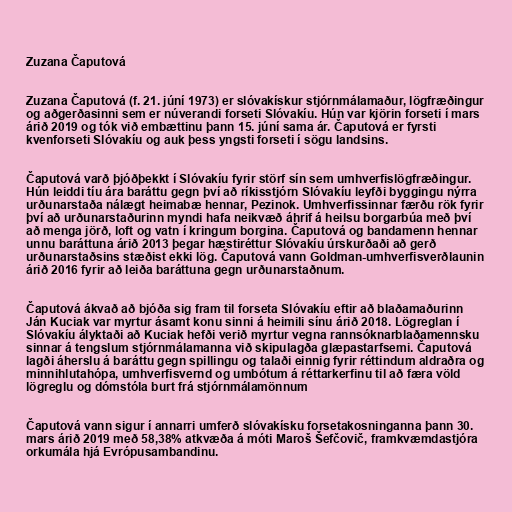
Zuzana Čaputová

Zuzana Čaputová (f. 21. júní 1973) er slóvakískur stjórnmálamaður, lögfræðingur
og aðgerðasinni sem er núverandi forseti Slóvakíu. Hún var kjörin forseti í mars
árið 2019 og tók við embættinu þann 15. júní sama ár. Čaputová er fyrsti
kvenforseti Slóvakíu og auk þess yngsti forseti í sögu landsins.

Čaputová varð þjóðþekkt í Slóvakíu fyrir störf sín sem umhverfislögfræðingur.
Hún leiddi tíu ára baráttu gegn því að ríkisstjórn Slóvakíu leyfði byggingu nýrra
urðunarstaða nálægt heimabæ hennar, Pezinok. Umhverfissinnar færðu rök fyrir
því að urðunarstaðurinn myndi hafa neikvæð áhrif á heilsu borgarbúa með því
að menga jörð, loft og vatn í kringum borgina. Čaputová og bandamenn hennar
unnu baráttuna árið 2013 þegar hæstiréttur Slóvakíu úrskurðaði að gerð
urðunarstaðsins stæðist ekki lög. Čaputová vann Goldman-umhverfisverðlaunin
árið 2016 fyrir að leiða baráttuna gegn urðunarstaðnum.

Čaputová ákvað að bjóða sig fram til forseta Slóvakíu eftir að blaðamaðurinn
Ján Kuciak var myrtur ásamt konu sinni á heimili sínu árið 2018. Lögreglan í
Slóvakíu ályktaði að Kuciak hefði verið myrtur vegna rannsóknarblaðamennsku
sinnar á tengslum stjórnmálamanna við skipulagða glæpastarfsemi. Čaputová
lagði áherslu á baráttu gegn spillingu og talaði einnig fyrir réttindum aldraðra og
minnihlutahópa, umhverfisvernd og umbótum á réttarkerfinu til að færa völd
lögreglu og dómstóla burt frá stjórnmálamönnum

Čaputová vann sigur í annarri umferð slóvakísku forsetakosninganna þann 30.
mars árið 2019 með 58,38% atkvæða á móti Maroš Šefčovič, framkvæmdastjóra
orkumála hjá Evrópusambandinu.